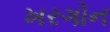
ખરગોન